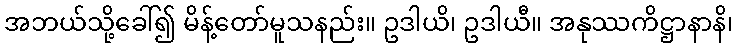
အဘယ်သို့ခေါ်၍ မိန့်တော်မူသနည်း။ ဥဒါယိ၊ ဥဒါယီ။ အနုဿကိဋ္ဌာနာနိ၊